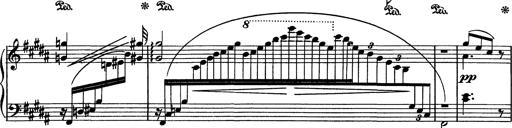
Title: AnnÃ©es de pÃ¨lerinage I
Composer: Franz Liszt